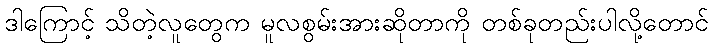
ဒါကြောင့် သိတဲ့လူတွေက မူလစွမ်းအားဆိုတာကို တစ်ခုတည်းပါလို့တောင်